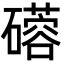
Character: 𬒦